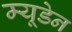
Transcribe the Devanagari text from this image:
म्यूडेन